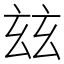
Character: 玆